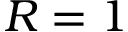
R = 1